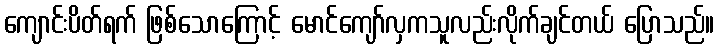
ကျောင်းပိတ်ရက် ဖြစ်သောကြောင့် မောင်ကျော်လှကသူလည်းလိုက်ချင်တယ် ပြောသည်။